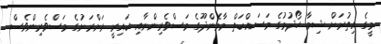
މީގެ އިތުރަށް ޝިމާ ހޯދުމުގެ މަސައްކަތް މާމެންދޫގެ މަސްވެރިންނާއި ކައިރީ ރަށްރަށުގެ މަސްވެރިންވެސް